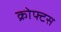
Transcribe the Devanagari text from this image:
क्रोफ्टस